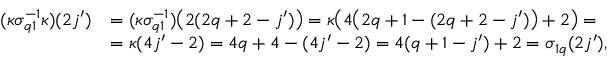
\begin{array} { r l } { ( \kappa \sigma _ { q 1 } ^ { - 1 } \kappa ) ( 2 j ^ { \prime } ) } & { = ( \kappa \sigma _ { q 1 } ^ { - 1 } ) \big ( 2 ( 2 q + 2 - j ^ { \prime } ) \big ) = \kappa \big ( 4 \big ( 2 q + 1 - ( 2 q + 2 - j ^ { \prime } ) \big ) + 2 \big ) = } \\ & { = \kappa ( 4 j ^ { \prime } - 2 ) = 4 q + 4 - ( 4 j ^ { \prime } - 2 ) = 4 ( q + 1 - j ^ { \prime } ) + 2 = \sigma _ { 1 q } ( 2 j ^ { \prime } ) , } \end{array}